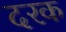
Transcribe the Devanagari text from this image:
दरक